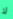
لا